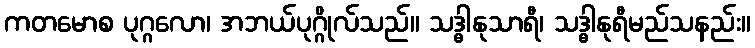
ကတမောစ ပုဂ္ဂလော၊ အဘယ်ပုဂ္ဂိုလ်သည်။ သဒ္ဓါနုသာရီ၊ သဒ္ဓါနုရီမည်သနည်း။